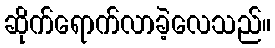
ဆိုက်ရောက်လာခဲ့လေသည်။